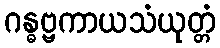
ဂန္ဓဗ္ဗကာယသံယုတ္တံ